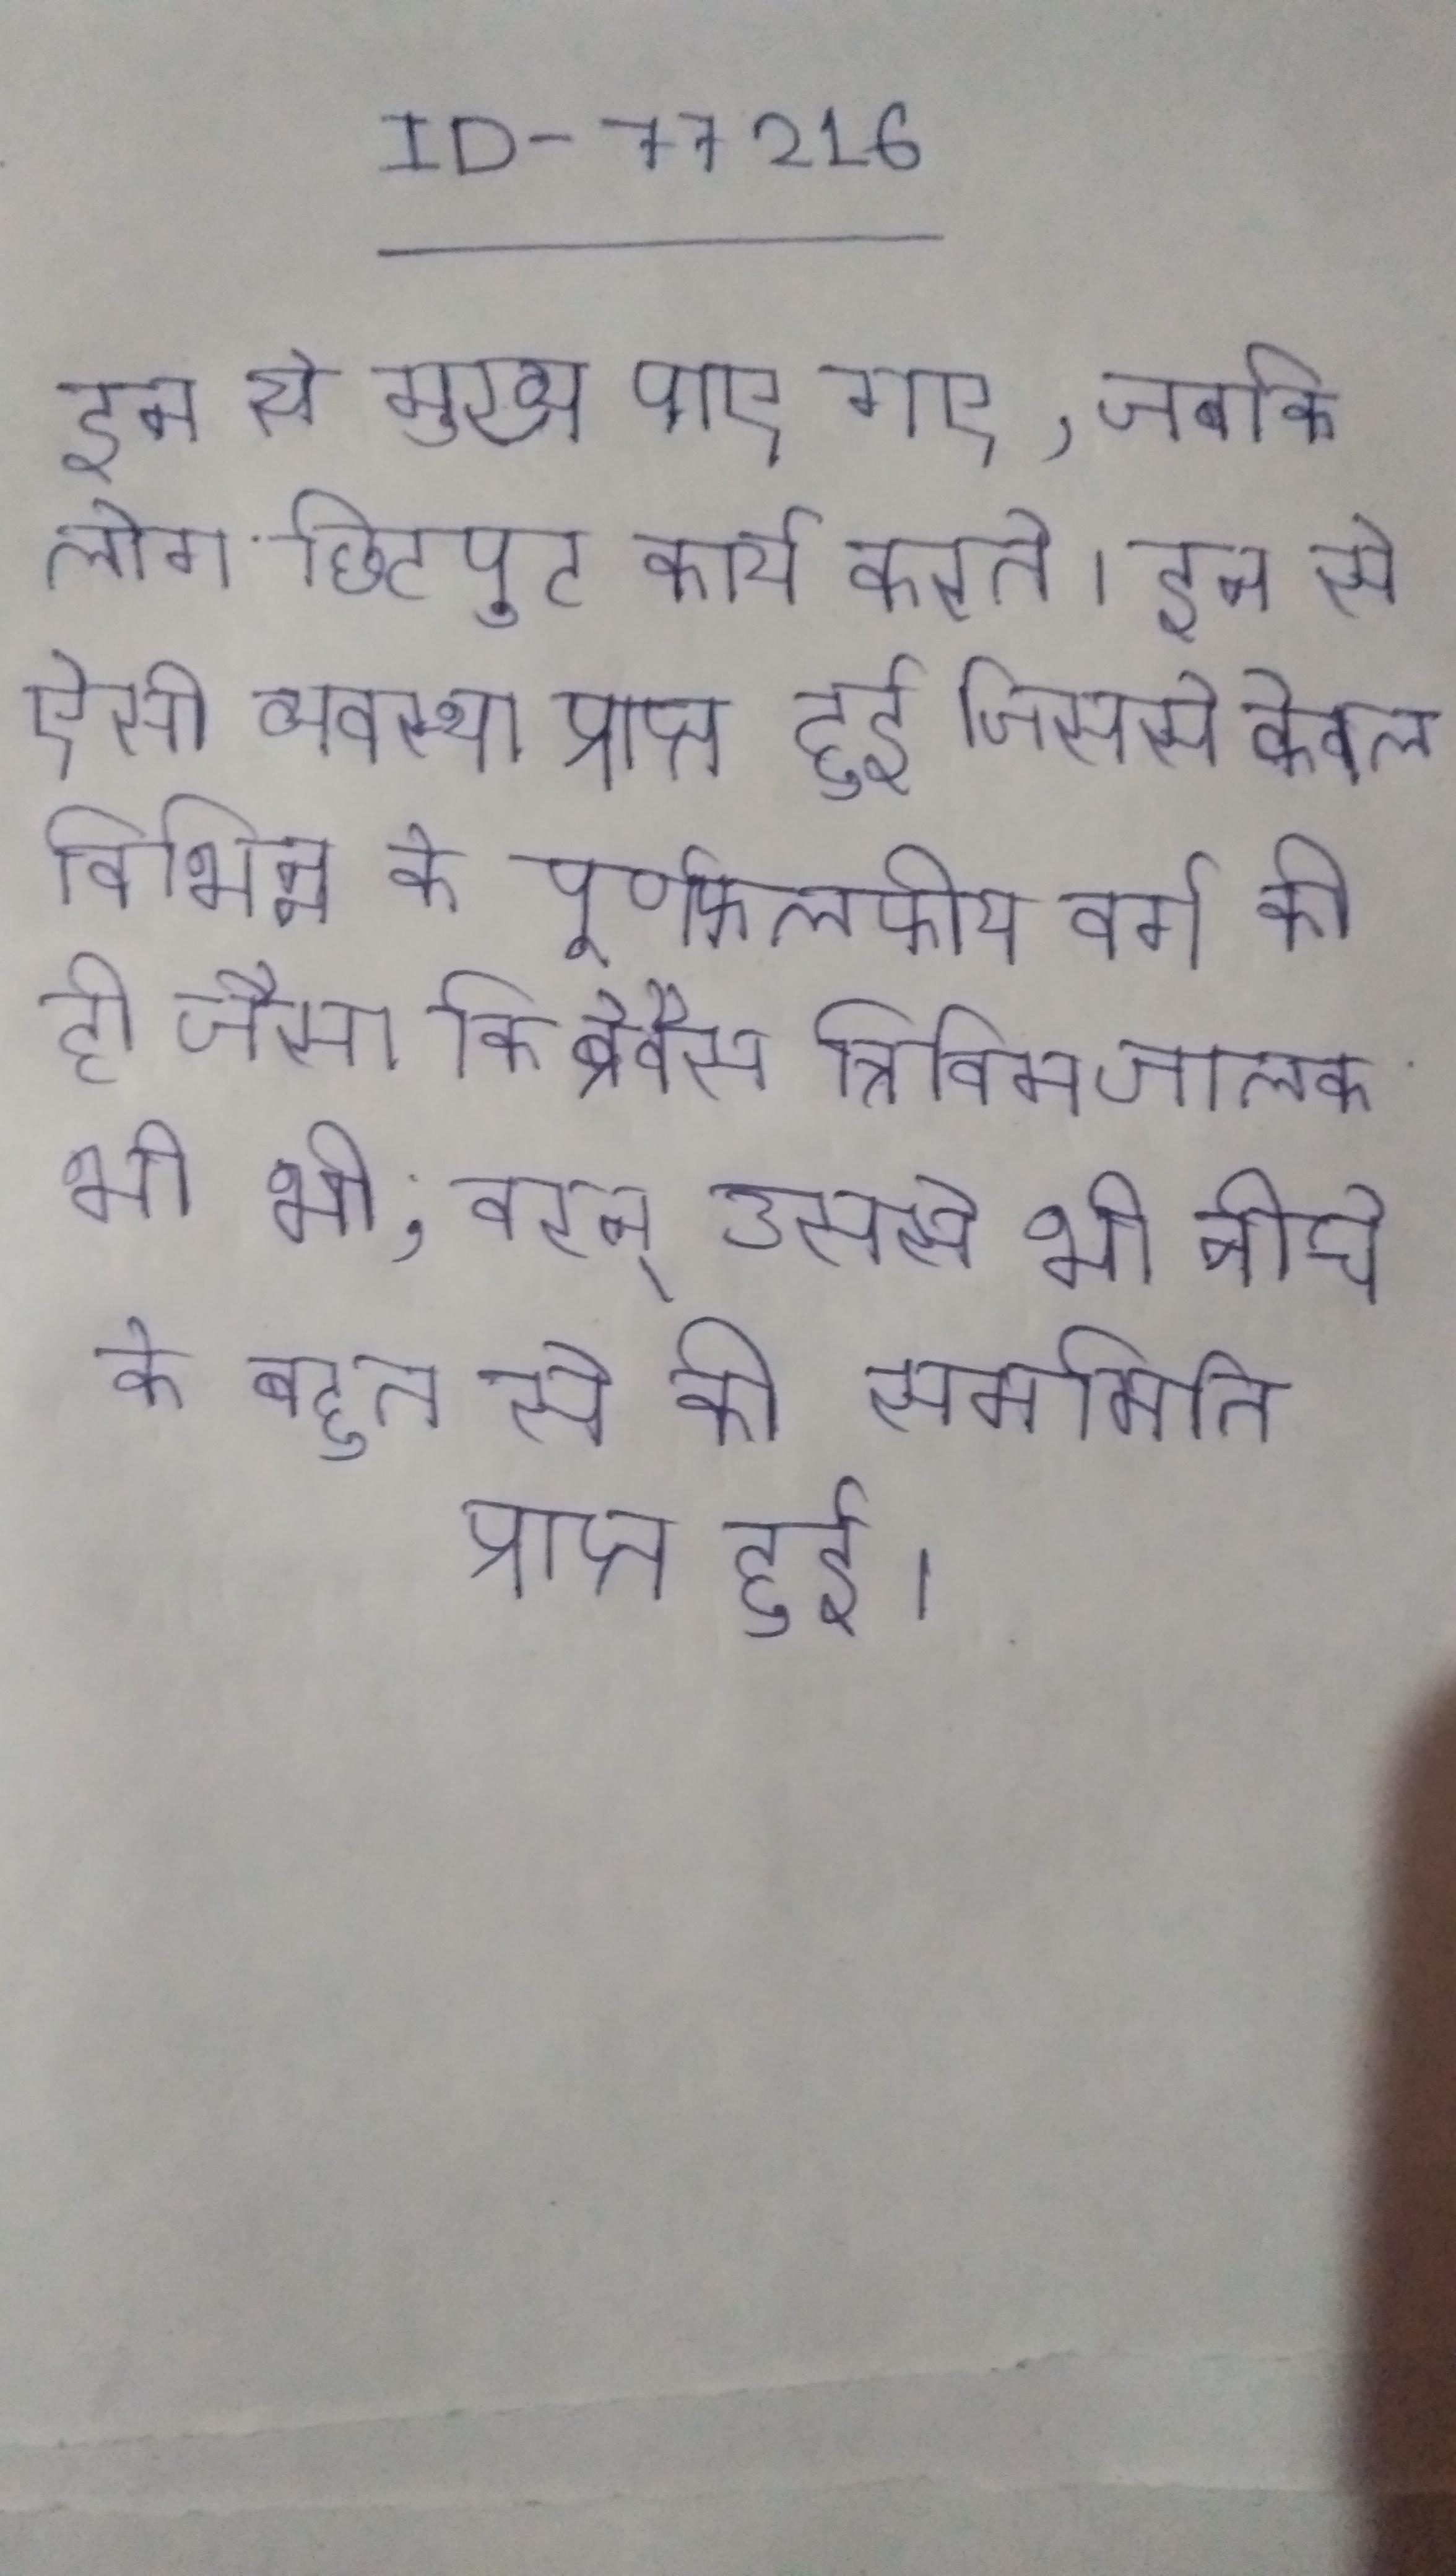
इन से मुख्य पाए गए, जबकि लोग छिटपुट कार्य करते । इन से ऐसी व्यवस्था प्राप्त हुई जिससे केवल विभिन्न के पूर्णफलकीय वर्ग की ही जैसा कि ब्रेवैस त्रिविमजालक भी थी, वरन् उससे भी नीचे के बहुत से की सममिति प्राप्त हुई ।